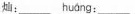
灿：___ huáng ：___